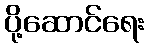
ပို့ဆောင်ရေး